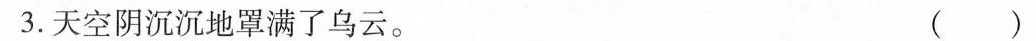
3.天空阴沉沉地罩满了乌云。 ( )